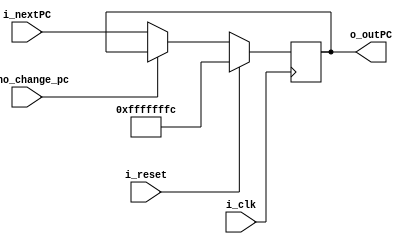
module PC (i_nextPC ,i_reset ,i_clk, i_no_change_pc, o_outPC);

input wire [31:0] i_nextPC;
input i_reset , i_clk, i_no_change_pc;

output reg [31:0] o_outPC;



always @(posedge i_clk)
begin

  if (i_reset)
		begin
			o_outPC <= 32'hFFFFFFFC; // +0x4 will result into 0x0.
		end
		
  else if (i_no_change_pc==0) 
	  begin
			o_outPC <= i_nextPC;
	  end
	  
  else
	  begin
			o_outPC <= o_outPC;
	  end
	
end

endmodule